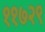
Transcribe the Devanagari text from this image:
११७२९